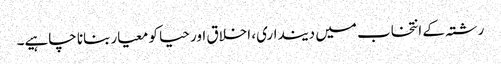
رشتہ کے انتخاب میں دینداری، اخلاق اور حیا کو معیار بنانا چاہیے۔